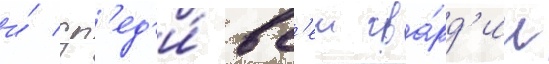
и́ ср'ед'и́ вс'еи гва́рд'ии